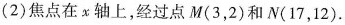
(2)焦点在x轴上，经过点M(3，2)和N(17，12).